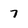
Character: 7